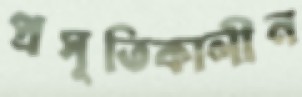
প্রসূতিকালীন